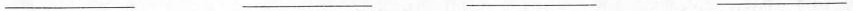
___ ___ ___ ___